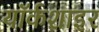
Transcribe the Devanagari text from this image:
यॉर्कशाइर